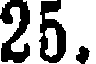
25.